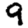
Digit: 9